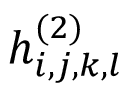
h _ { i , j , k , l } ^ { ( 2 ) }